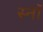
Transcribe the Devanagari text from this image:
स्नॉ